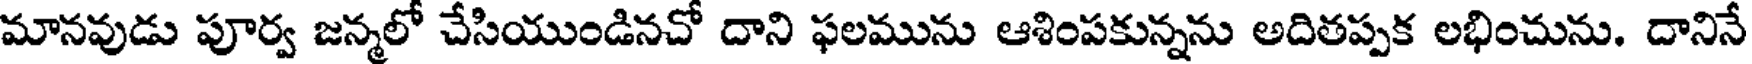
మానవుడు పూర్వ జన్మలో చేసియుండినచో దాని ఫలమును ఆశింపకున్నను అదితప్పక లభించును. దానినే